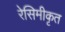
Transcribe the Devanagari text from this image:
रेसिमीकृत